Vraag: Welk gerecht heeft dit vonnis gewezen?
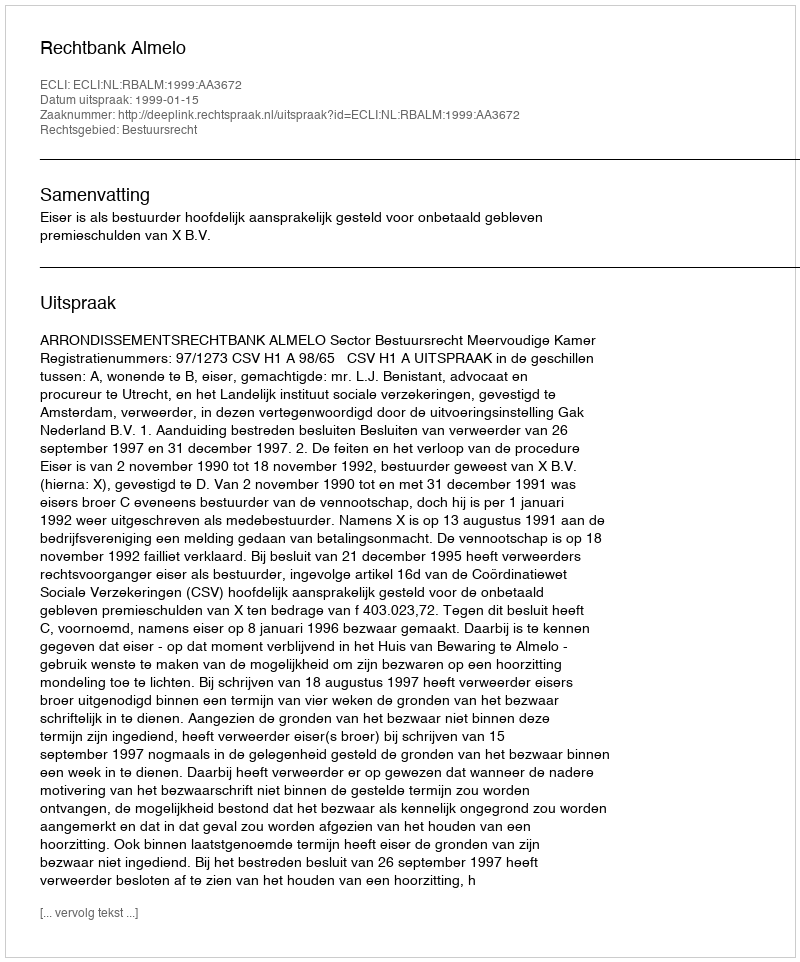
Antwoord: Rechtbank Almelo